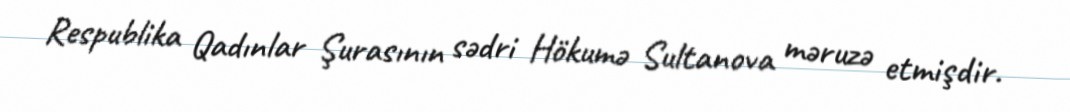
Respublika Qadınlar Şurasının sədri Hökumə Sultanova məruzə etmişdir.